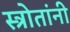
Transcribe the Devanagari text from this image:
स्त्रोतांनी